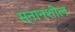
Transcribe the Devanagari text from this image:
स्नानशील